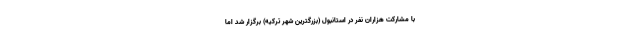
با مشارکت هزاران نفر در استانبول (بزرگترین شهر ترکیه) برگزار شد اما